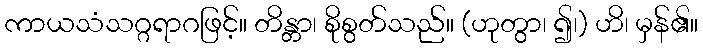
ကာယသံသဂ္ဂရာဂဖြင့်။ တိန္တာ၊ စိုစွတ်သည်။ (ဟုတွာ၊ ၍၊) ဟိ၊ မှန်၏။